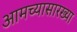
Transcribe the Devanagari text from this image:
आमच्यासारख्या